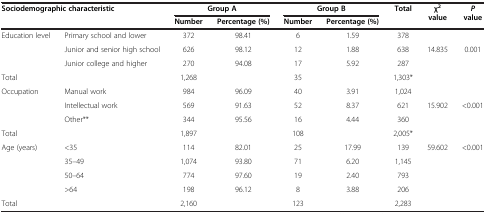
| <COLSPAN=2> Sociodemographic characteristic | <COLSPAN=2> Group A | <COLSPAN=2> Group B | Total | <ROWSPAN=2> χ2 value | <ROWSPAN=2> P value |
 | <COLSPAN=2>  | Number | Percentage (%) | Number | Percentage (%) |  |
 | --- | --- | --- | --- | --- | --- | --- | --- | --- |
 | Education level | Primary school and lower | 372 | 98.41 | 6 | 1.59 | 378 |  |  |
 |  | Junior and senior high school | 626 | 98.12 | 12 | 1.88 | 638 | 14.835 | 0.001 |
 |  | Junior college and higher | 270 | 94.08 | 17 | 5.92 | 287 |  |  |
 | <COLSPAN=2> Total | 1,268 |  | 35 |  | 1,303* |  |  |
 | Occupation | Manual work | 984 | 96.09 | 40 | 3.91 | 1,024 |  |  |
 |  | Intellectual work | 569 | 91.63 | 52 | 8.37 | 621 | 15.902 | <0.001 |
 |  | Other** | 344 | 95.56 | 16 | 4.44 | 360 |  |  |
 | <COLSPAN=2> Total | 1,897 |  | 108 |  | 2,005* |  |  |
 | Age (years) | <35 | 114 | 82.01 | 25 | 17.99 | 139 | 59.602 | <0.001 |
 |  | 35–49 | 1,074 | 93.80 | 71 | 6.20 | 1,145 |  |  |
 |  | 50–64 | 774 | 97.60 | 19 | 2.40 | 793 |  |  |
 |  | >64 | 198 | 96.12 | 8 | 3.88 | 206 |  |  |
 | <COLSPAN=2> Total | 2,160 |  | 123 |  | 2,283 |  |  |